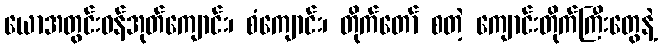
ယောအတွင်းဝန်အုတ်ကျောင်း၊ စံကျောင်း၊ တိုက်တော် စတဲ့ ကျောင်းတိုက်ကြီးတွေနဲ့